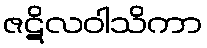
ဇဋိလဝါသိကာ